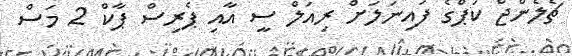
ޗެލެންޖް ކަޕްގެ ފައިނަލަށް ރިއަލް ސީ އާއި ޕެރިސް ޕާކް 2 މަސް